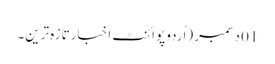
01 دسمبر (اُردو پوائنٹ اخبارتازہ ترین۔